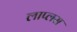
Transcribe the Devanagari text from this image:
लाप्लस